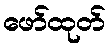
ဖော်ထုတ်